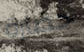
حضارة